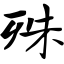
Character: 殊